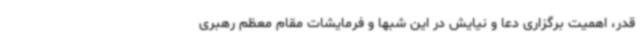
قدر، اهمیت برگزاری دعا و نیایش در این شبها و فرمایشات مقام معظم رهبری